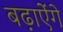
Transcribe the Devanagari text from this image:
बढ़ाऐेंगे